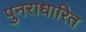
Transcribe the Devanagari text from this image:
पुनराधारित